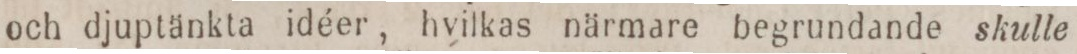
och djuptänkta idéer, hvilkas närmare begrundande skulle